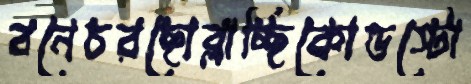
বনেচরছোব্‌লাচ্ছিকোল্ডস্টো